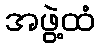
အဖွဲ့ထံ